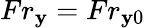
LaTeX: Fr_{\mathbf{y}}=Fr_{\mathbf{y}0}